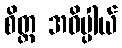
စိတ္တ အဓိပ္ပါယ်